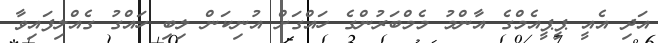
އަދި އެއީ ޕީޕީއެމްގެ އާންމު މެމްބަރުންގެ ހައްގަށް އުނިކަން ލިބި ހައްގު ގެއްލިފައިވާ